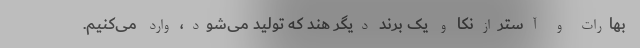
بهارات و آسترازنکا و یک برند دیگر هند که تولید می‌شود، وارد می‌کنیم.